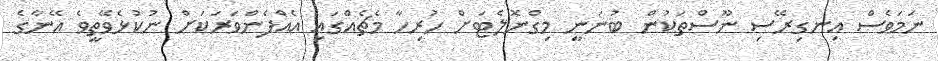
ނަމަވެސް އިނގިރޭސި ނޫސްތަކުން ބުނަނީ މިގްނޮލެޓަށް ހުރިހާ މެޗެއްގައި އެއްފެންވަރަކަށް ނުކުޅެވޭތީވެ އޭނާގެ